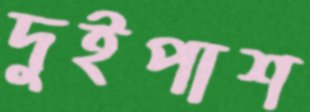
দুইপাশ